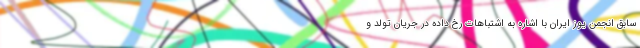
سابق انجمن یوز ایران با اشاره به اشتباهات رخ داده در جریان تولد و